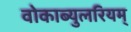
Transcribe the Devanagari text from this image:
वोकाब्युलरियम्